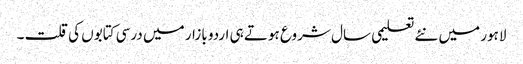
لاہور میں نئے تعلیمی سال شروع ہوتے ہی اردو بازار میں درسی کتابوں کی قلت ۔